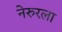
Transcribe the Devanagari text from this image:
नेरुरला